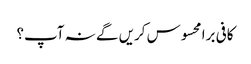
کافی برا محسوس کریں گے نہ آپ؟